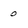
Character: 0